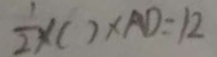
\frac { 1 } { 2 } \times ( ) \times A D = 1 2